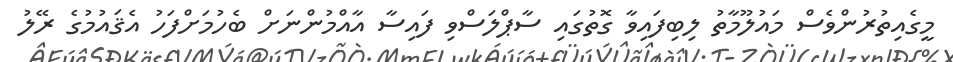
މީގެއިތުރުންވެސް މައުލޫމާތު ލިބިފައިވާ ގޮތުގައި ސާޕްލަސްވި ފައިސާ އާއްމުންނަށް ބެހުމަށްފަހު އެޤައުމުގެ ރޭލު